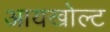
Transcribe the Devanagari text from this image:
आयखोल्ट